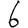
Digit: 6